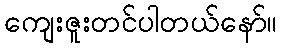
ကျေးဇူးတင်ပါတယ်နော်။